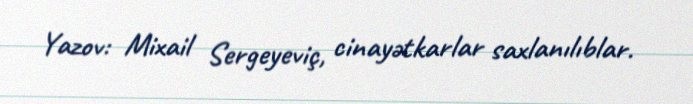
Yazov: Mixail Sergeyeviç, cinayətkarlar saxlanılıblar.